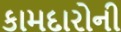
કામદારોની